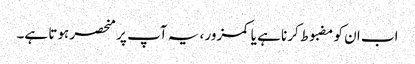
اب ان کو مضبوط کرنا ہے یا کمزور ، یہ آپ پر منحصر ہوتا ہے۔